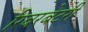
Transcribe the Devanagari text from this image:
रिवरबेटरी